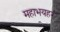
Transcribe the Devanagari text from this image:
महाभयहरं